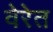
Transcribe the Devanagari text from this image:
वेरेत